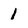
Character: 1